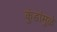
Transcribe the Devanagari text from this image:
कुंडांमुळे